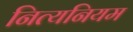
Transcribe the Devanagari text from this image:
नित्यनियम